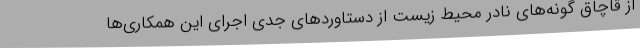
از قاچاق گونه‌های نادر محیط زیست از دستاوردهای جدی اجرای این همکاری‌ها